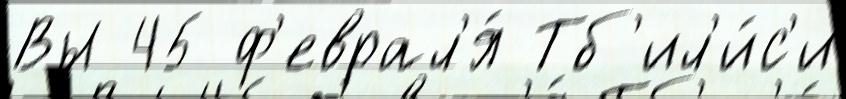
Вы 45 ф'еврал'я́ Тб'ил'и́с'и